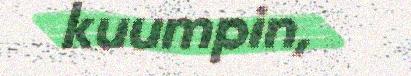
kuumpin,